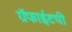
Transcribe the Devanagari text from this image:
ग्रॅफाईटची